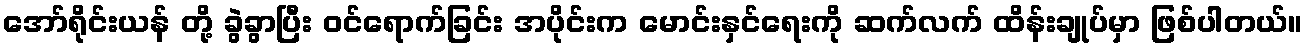
အော်ရိုင်းယန် တို့ ခွဲခွာပြီး ဝင်ရောက်ခြင်း အပိုင်းက မောင်းနှင်ရေးကို ဆက်လက် ထိန်းချုပ်မှာ ဖြစ်ပါတယ်။